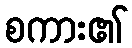
စကား၏